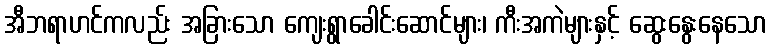
အီဘရာဟင်ကလည်း အခြားသော ကျေးရွာခေါင်းဆောင်များ၊ ကီးအကဲများနှင့် ဆွေးနွေးနေသော